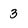
Character: 3